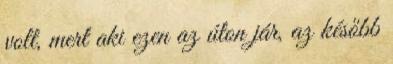
volt, mert aki ezen az úton jár, az később